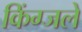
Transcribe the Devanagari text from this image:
किंग्जले